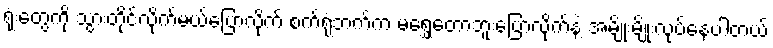
ရုံးတွေကို သွားတိုင်လိုက်မယ်ပြောလိုက် စက်ရုံဘက်က မရွှေ့တော့ဘူးပြောလိုက်နဲ့ အမျိုးမျိုးလုပ်နေပါတယ်